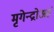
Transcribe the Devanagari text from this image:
मृगेन्द्रोअहं